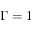
\Gamma = 1